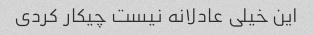
این خیلی عادلانه نیست چیکار کردی